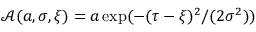
\mathcal { A } ( a , \sigma , \xi ) = a \exp ( - { ( \tau - \xi ) ^ { 2 } } / { ( 2 \sigma ^ { 2 } ) } )